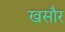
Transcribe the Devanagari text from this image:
खसौर